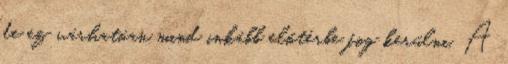
de ez várhatóan mind inkább előtérbe fog kerülni. A